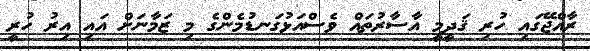
ރާއްޖޭގައި ހުރި ޤަދީމީ އާސާރުތައް ވެސްއަޅުގަނޑުމެންގެ މި ޒަމާނަށް އައި އިރު ހުރީ